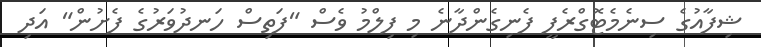
ޝިފާއުގެ ސިނެމެޓޮގްރެފީ ފެނިގެންދާނެ މި ފިލްމު ވެސް "ފަތިސް ހަނދުވަރުގެ ފެށުން" އަދި